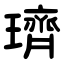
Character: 璾